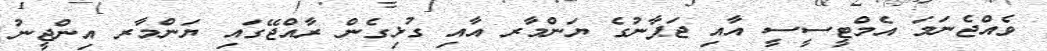
ވެއްޖެނަމަ އެމްޓީސީސީ އާއި ޖަޕާނުގެ ޔަންމާރ އާއި ގުޅިގެން ރާއްޖޭގައި ޔަންމާރ އިންޖީނު